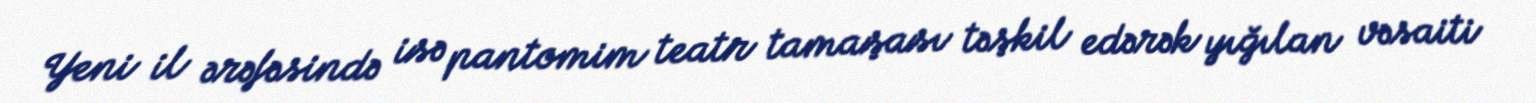
Yeni il ərəfəsində isə pantomim teatr tamaşası təşkil edərək yığılan vəsaiti